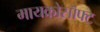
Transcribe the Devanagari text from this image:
मायक्रोसॊफ्ट